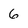
Character: 6